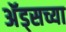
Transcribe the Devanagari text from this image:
अॅड्सच्या